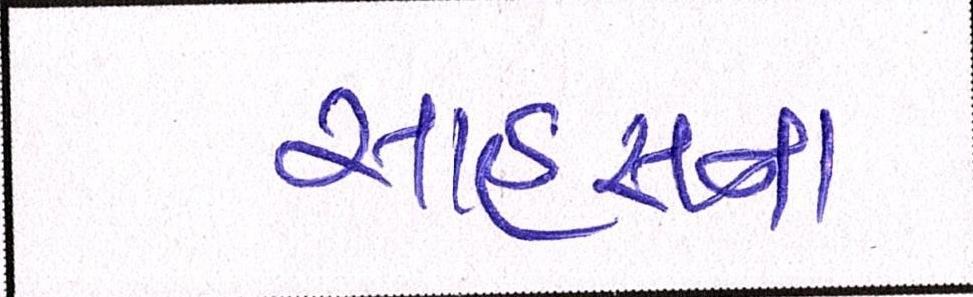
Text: સાહસના